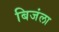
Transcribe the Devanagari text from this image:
बिजंला